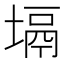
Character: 塥